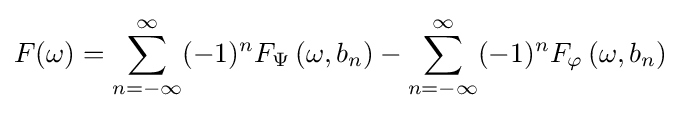
F(\omega )=\sum _{n=-\infty }^{\infty }(-1)^{n}F_{\Psi }\left(\omega ,b_{n}\right)-\sum _{n=-\infty }^{\infty }(-1)^{n}F_{\varphi }\left(\omega ,b_{n}\right)